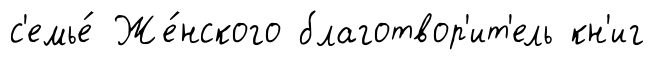
с'емье́ Же́нского благотвор'ит'ель кн'иг